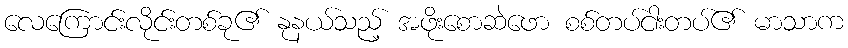
လေကြောင်းလိုင်းတစ်ခု၏ နုနယ်သည့် အဖိုးစောဆဲဖော စစ်တပ်ငါးတပ်၏ မာသာက